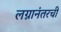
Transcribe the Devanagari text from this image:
लग्नानंतरची